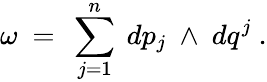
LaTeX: \omega\ =\ \sum_{j=1}^{n}\ dp_{j}\ \wedge\ dq^{j}\ .